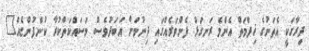
ދިރާގަކީ އެތަނުގެ ޚިދްމަތް އެންމެ ރަނގަޅު ފެންވަރެއްގައި ދިނުމަށް އަބަދުވެސް މަސައްކަތްކުރާ ކުންފުންޏެއް"